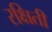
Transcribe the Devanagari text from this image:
रक्षिती